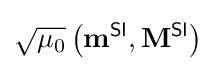
{\sqrt {\mu _{0}}}\left(\mathbf {m} ^{\textsf {SI}},\mathbf {M} ^{\textsf {SI}}\right)